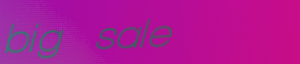
big sale